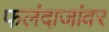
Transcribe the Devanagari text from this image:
फलंदाजांवर